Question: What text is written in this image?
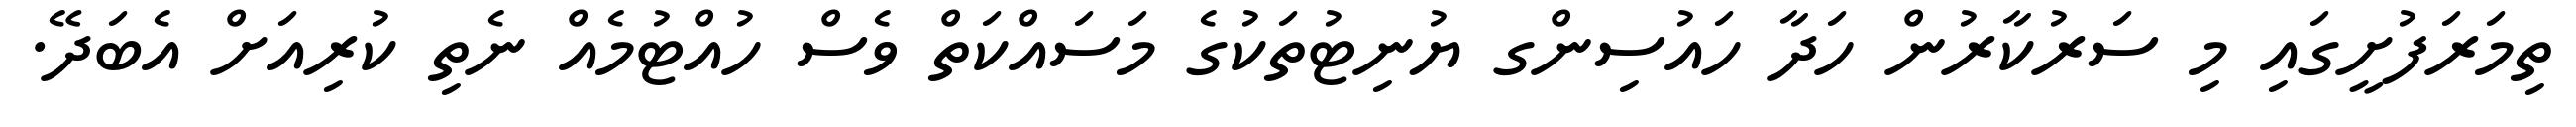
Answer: ތިމަރަފުށީގައި މި ސަރުކާރުން ހަދާ ހައުސިންގ ޔުނިޓުތަކުގެ މަސައްކަތް ވެސް ހުއްޓުމެއް ނެތި ކުރިއަށް އެބަދޭ.